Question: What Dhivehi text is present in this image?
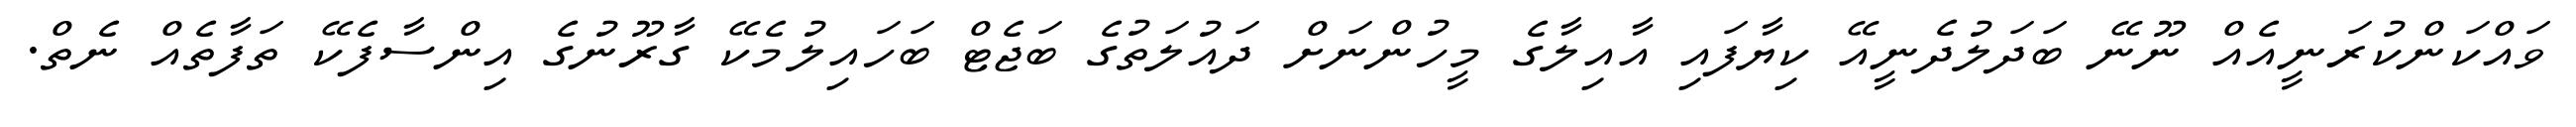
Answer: ވައްކަންކުރަނީއެއް ނޫނޭ ބަދަލުދެނީއޭ ކިޔާފައި އާއިލާގެ މީހުންނަށް ދައުލަތުގެ ބަޖެޓް ބަހައިލުމެކޭ ގާރޫނުގެ އިންސާފެކޭ ތަފާތެއް ނެތް.